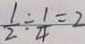
\frac { 1 } { 2 } \div \frac { 1 } { 4 } = 2